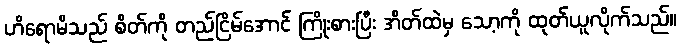
ဟိရောမိသည် စိတ်ကို တည်ငြိမ်အောင် ကြိုးစားပြီး အိတ်ထဲမှ သော့ကို ထုတ်ယူလိုက်သည်။